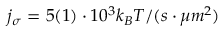
j _ { \sigma } = 5 ( 1 ) \cdot 1 0 ^ { 3 } k _ { B } T / ( s \cdot \mu m ^ { 2 } )